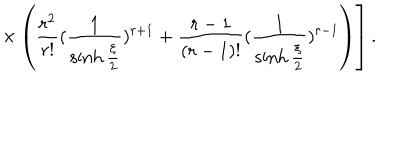
\left. \times \left( \frac { r ^ { 2 } } { r ! } ( \frac { 1 } { \sinh { \frac { \xi } { 2 } } } ) ^ { r + 1 } + \frac { r - 1 } { ( r - 1 ) ! } ( \frac { 1 } { \sinh { \frac { \xi } { 2 } } } ) ^ { r - 1 } \right) \right] .